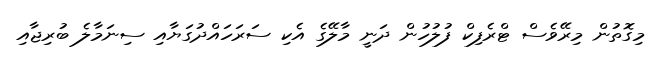
މިގޮތުން މިރޭވެސް ޓްރެފިކް ފުލުހުން ދަނީ މާލޭގެ އެކި ސަރަހައްދުގަޔާއި ސިނަމާލެ ބުރިޖާއި